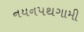
નયનપથગામી